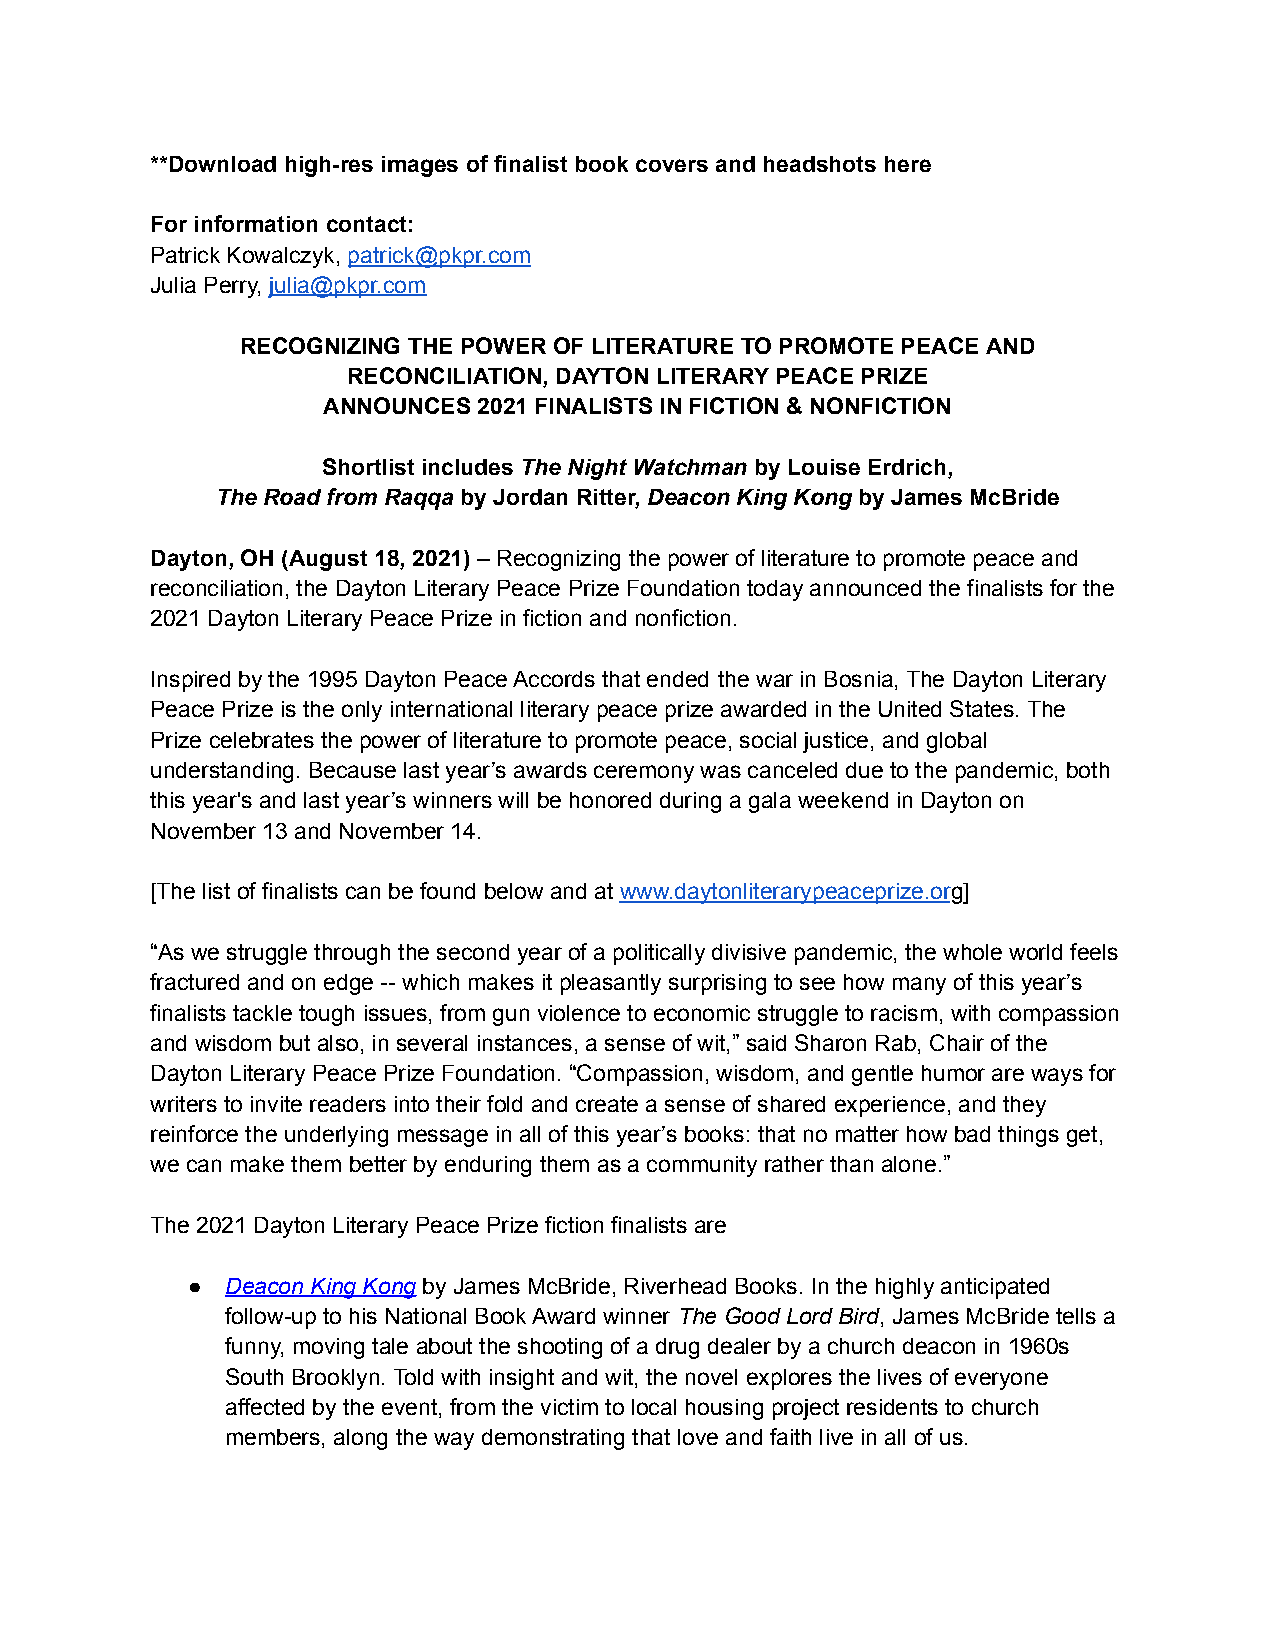
**Download high-res images of finalist book covers and headshots here
 For information contact:
 Patrick Kowalczyk, patrick@pkpr.com
 Julia Perry, julia@pkpr.com
 RECOGNIZING THE POWER OF LITERATURE TO PROMOTE PEACE AND
 RECONCILIATION, DAYTON LITERARY PEACE PRIZE
 ANNOUNCES  2021 FINALISTS IN FICTION & NONFICTION
 Shortlist includes The Night Watchman by Louise Erdrich,
 The Road from Raqqa by Jordan Ritter, Deacon King Kong by James McBride
 Dayton, OH (August 18, 2021) – Recognizing the power of literature to promote peace and
 reconciliation, the Dayton Literary Peace Prize Foundation today announced the finalists for the
 2021 Dayton Literary Peace Prize in fiction and nonfiction.
 Inspired by the 1995 Dayton Peace Accords that ended the war in Bosnia, The Dayton Literary
 Peace Prize is the only international literary peace prize awarded in the United States. The
 Prize celebrates the power of literature to promote peace, social justice, and global
 understanding. Because last year’s awards ceremony was canceled due to the pandemic, both
 this year's and last year’s winners will be honored during a gala weekend in Dayton on
 November 13 and November 14.
 [The list of finalists can be found below and at www.daytonliterarypeaceprize.org]
 “As we struggle through the second year of a politically divisive pandemic, the whole world feels
 fractured and on edge -- which makes it pleasantly surprising to see how many of this year’s
 finalists tackle tough issues, from gun violence to economic struggle to racism, with compassion
 and wisdom but also, in several instances, a sense of wit,” said Sharon Rab, Chair of the
 Dayton Literary Peace Prize Foundation. “Compassion, wisdom, and gentle humor are ways for
 writers to invite readers into their fold and create a sense of shared experience, and they
 reinforce the underlying message in all of this year’s books: that no matter how bad things get,
 we can make them better by enduring them as a community rather than alone.”
 The 2021 Dayton Literary Peace Prize fiction finalists are
 ●  Deacon King Kong by James McBride, Riverhead Books. In the highly anticipated
 follow-up to his National Book Award winner The Good Lord Bird, James McBride tells a
 funny, moving tale about the shooting of a drug dealer by a church deacon in 1960s
 South Brooklyn. Told with insight and wit, the novel explores the lives of everyone
 affected by the event, from the victim to local housing project residents to church
 members, along the way demonstrating that love and faith live in all of us.